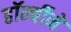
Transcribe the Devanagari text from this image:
हॉर्न्बीने